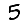
Digit: 5